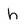
Character: h